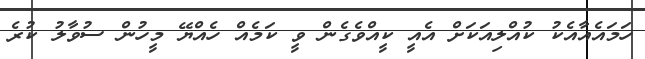
ހަމައެއާއެކު ކުއްލިއަކަށް އެއީ ކީއްވެގެން ވީ ކަމެއް ހެއްޔޭ މީހުން ސުވާލު ކުރެ